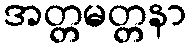
အတ္တမတ္တနာ